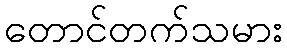
တောင်တက်သမား